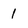
Character: 1